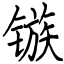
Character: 镞